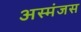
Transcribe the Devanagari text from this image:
अस्मंजस